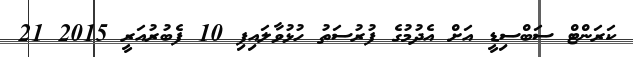
ކަރަންޓް ސަބްސިޑީ އަށް އެދުމުގެ ފުރުސަތު ހުޅުވާލައިފި 10 ފެބުރުއަރީ 2015 21